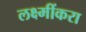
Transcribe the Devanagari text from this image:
लक्ष्मींकरा